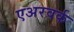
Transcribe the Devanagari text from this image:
एअरवर्क